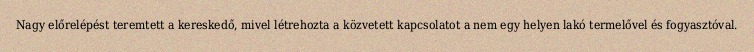
Nagy előrelépést teremtett a kereskedő, mivel létrehozta a közvetett kapcsolatot a nem egy helyen lakó termelővel és fogyasztóval.